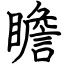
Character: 瞻